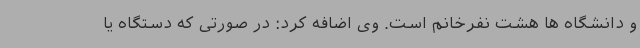
و دانشگاه ها هشت نفرخانم است. وی اضافه کرد: در صورتی که دستگاه یا